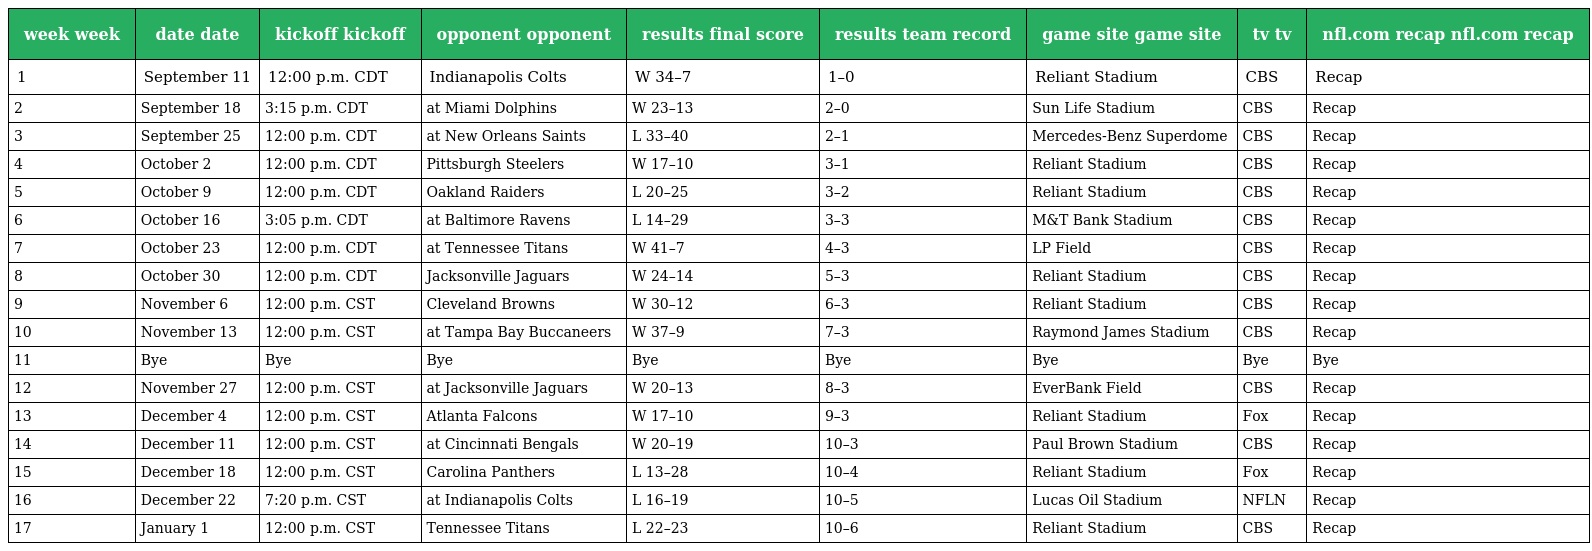
| week week | date date | kickoff kickoff | opponent opponent | results final score | results team record | game site game site | tv tv | nfl.com recap nfl.com recap |
 | --- | --- | --- | --- | --- | --- | --- | --- | --- |
 | 1 | September 11 | 12:00 p.m. CDT | Indianapolis Colts | W 34–7 | 1–0 | Reliant Stadium | CBS | Recap |
 | 2 | September 18 | 3:15 p.m. CDT | at Miami Dolphins | W 23–13 | 2–0 | Sun Life Stadium | CBS | Recap |
 | 3 | September 25 | 12:00 p.m. CDT | at New Orleans Saints | L 33–40 | 2–1 | Mercedes-Benz Superdome | CBS | Recap |
 | 4 | October 2 | 12:00 p.m. CDT | Pittsburgh Steelers | W 17–10 | 3–1 | Reliant Stadium | CBS | Recap |
 | 5 | October 9 | 12:00 p.m. CDT | Oakland Raiders | L 20–25 | 3–2 | Reliant Stadium | CBS | Recap |
 | 6 | October 16 | 3:05 p.m. CDT | at Baltimore Ravens | L 14–29 | 3–3 | M&T Bank Stadium | CBS | Recap |
 | 7 | October 23 | 12:00 p.m. CDT | at Tennessee Titans | W 41–7 | 4–3 | LP Field | CBS | Recap |
 | 8 | October 30 | 12:00 p.m. CDT | Jacksonville Jaguars | W 24–14 | 5–3 | Reliant Stadium | CBS | Recap |
 | 9 | November 6 | 12:00 p.m. CST | Cleveland Browns | W 30–12 | 6–3 | Reliant Stadium | CBS | Recap |
 | 10 | November 13 | 12:00 p.m. CST | at Tampa Bay Buccaneers | W 37–9 | 7–3 | Raymond James Stadium | CBS | Recap |
 | 11 | Bye | Bye | Bye | Bye | Bye | Bye | Bye | Bye |
 | 12 | November 27 | 12:00 p.m. CST | at Jacksonville Jaguars | W 20–13 | 8–3 | EverBank Field | CBS | Recap |
 | 13 | December 4 | 12:00 p.m. CST | Atlanta Falcons | W 17–10 | 9–3 | Reliant Stadium | Fox | Recap |
 | 14 | December 11 | 12:00 p.m. CST | at Cincinnati Bengals | W 20–19 | 10–3 | Paul Brown Stadium | CBS | Recap |
 | 15 | December 18 | 12:00 p.m. CST | Carolina Panthers | L 13–28 | 10–4 | Reliant Stadium | Fox | Recap |
 | 16 | December 22 | 7:20 p.m. CST | at Indianapolis Colts | L 16–19 | 10–5 | Lucas Oil Stadium | NFLN | Recap |
 | 17 | January 1 | 12:00 p.m. CST | Tennessee Titans | L 22–23 | 10–6 | Reliant Stadium | CBS | Recap |